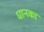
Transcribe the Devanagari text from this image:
धानका